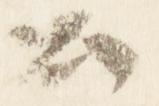
公